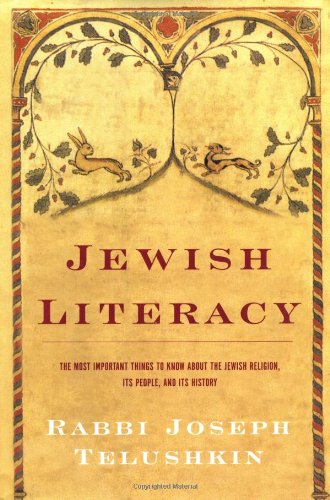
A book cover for Jewish Literacy: The Most Important Things to Know About the Jewish Religion, Its People and Its History; Joseph Telushkin; Religion & Spirituality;